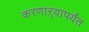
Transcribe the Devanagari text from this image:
करणाऱ्यापर्यंत